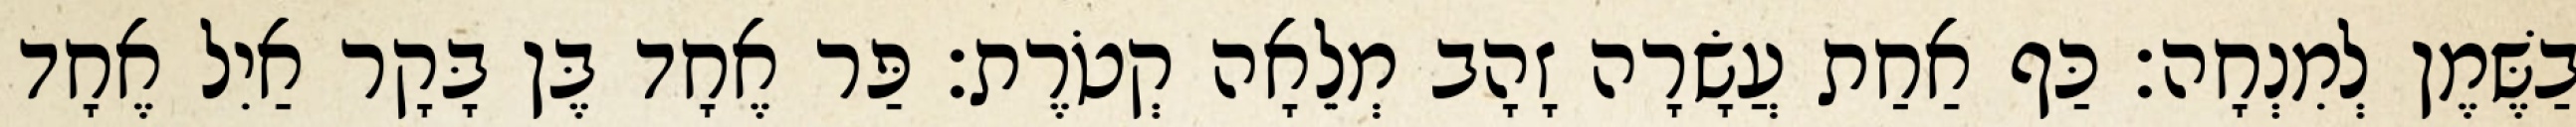
בַשֶּׁמֶן לְמִנְחָה׃ כַּף אַחַת עֲשָׂרָה זָהָב מְלֵאָה קְטֹרֶת׃ פַּר אֶחָד בֶּן בָּקָר אַיִל אֶחָד